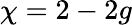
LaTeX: \chi=2-2g